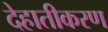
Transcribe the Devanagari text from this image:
देहातीकरण